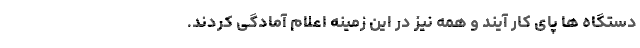
دستگاه ها پای کار آیند و همه نیز در این زمینه اعلام آمادگی کردند.